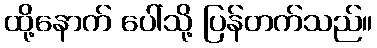
ထို့နောက် ပေါ်သို့ ပြန်တက်သည်။